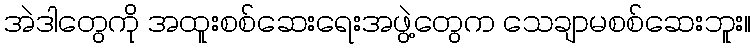
အဲဒါတွေကို အထူးစစ်ဆေးရေးအဖွဲ့တွေက သေချာမစစ်ဆေးဘူး။